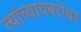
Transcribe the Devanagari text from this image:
त्यांच्याचबरोबर